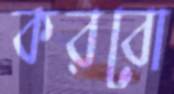
করবো